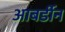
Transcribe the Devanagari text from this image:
आबर्डीन